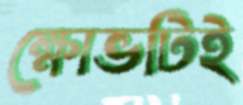
ক্ষোভটিই